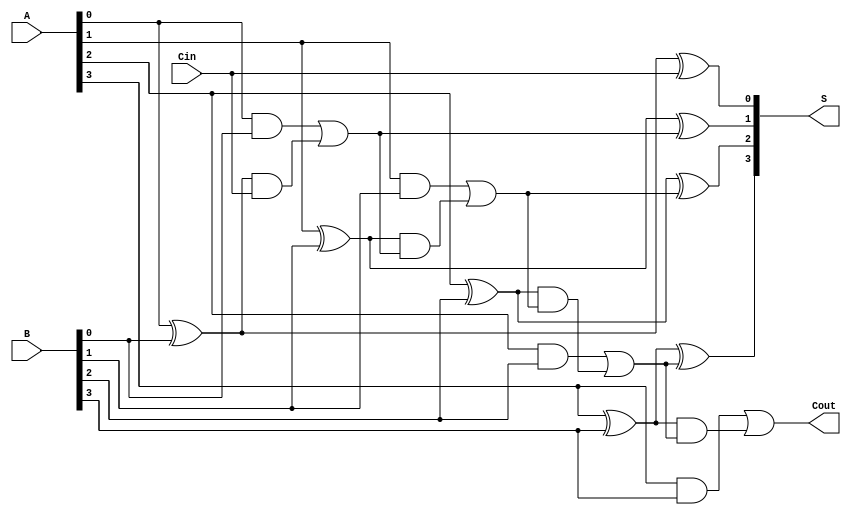
module CILA #(parameter N = 4) (
    input  [N-1:0] A,       // First operand
    input  [N-1:0] B,       // Second operand
    input         Cin,       // Carry-in
    output [N-1:0] S,       // Sum output
    output        Cout       // Carry-out
);

    // Intermediate signals for generate and propagate
    wire [N-1:0] G; // Generate signals
    wire [N-1:0] P; // Propagate signals
    wire [N:0] C;   // Carry signals

    // Generate and Propagate Logic
    genvar i;
    generate
        for (i = 0; i < N; i = i + 1) begin : gen_prop
            assign G[i] = A[i] & B[i]; // Generate
            assign P[i] = A[i] ^ B[i]; // Propagate
        end
    endgenerate

    // Carry Signal Calculation using Lookahead Logic
    assign C[0] = Cin; // C[0] = Cin

    generate
        for (i = 1; i < N; i = i + 1) begin : carry_logic
            assign C[i] = G[i-1] | (P[i-1] & C[i-1]);
        end
    endgenerate

    // Last carry-out
    assign Cout = G[N-1] | (P[N-1] & C[N-1]);

    // Sum Calculation
    generate
        for (i = 0; i < N; i = i + 1) begin : sum_logic
            assign S[i] = P[i] ^ C[i]; // Sum
        end
    endgenerate

endmodule